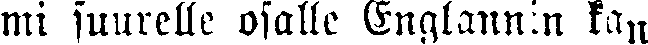
mi suurelle osalle Englannin kan